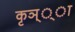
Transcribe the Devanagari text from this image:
कृञ््‌ा